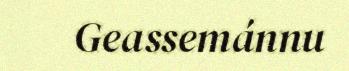
Geassemánnu